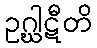
ဥဂ္ဃါဋီတိ